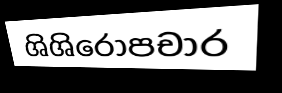
ශිශිරොපචාර